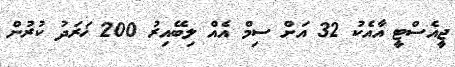
ޖީއެސްޓީ އާއެކު 32 އަށް ސިމް އެއް ލިބޭއިރު 200 ޚަރަދު ކުރުން